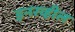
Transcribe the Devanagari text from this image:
इनरव्हील